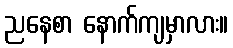
ညနေစာ နောက်ကျမှာလား။